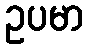
ဥပမာ